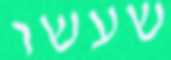
שעשו